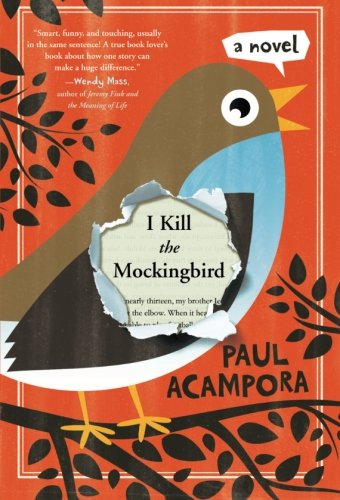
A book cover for I Kill the Mockingbird; Paul Acampora; Children's Books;